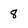
Character: 8